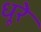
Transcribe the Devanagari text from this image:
धूरे